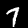
Digit: 7